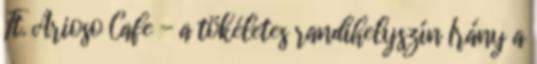
Ft. Arioso Cafe - a tökéletes randihelyszín Irány a